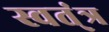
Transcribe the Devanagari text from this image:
स्वत्ंत्र